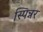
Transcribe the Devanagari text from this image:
स्पिन्नर